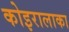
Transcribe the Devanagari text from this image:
कोइरालाका